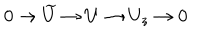
LaTeX: 0 \rightarrow \widetilde { U } \rightarrow U \rightarrow U _ { z } \rightarrow 0